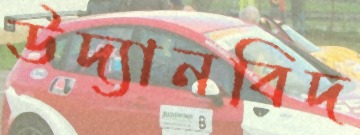
উদ্যানবিদ